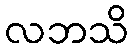
လဘသိ